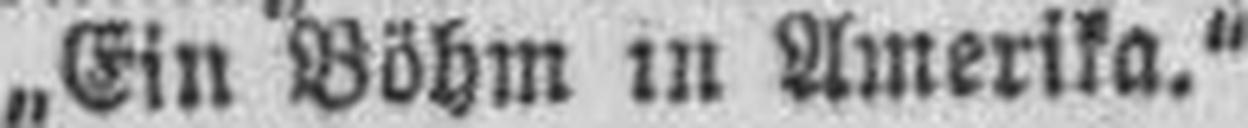
„Ein Böhm in Amerika.“